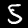
Digit: 5